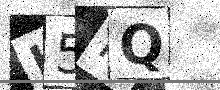
Text: H5RQ